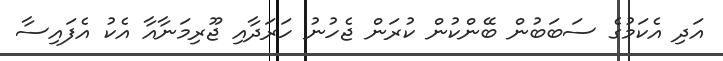
އަދި އެކަމުގެ ސަބަބުން ބޭންކުން ކުރަން ޖެހުނު ހަރަދާއި ޖޫރިމަނާއާ އެކު އެފައިސާ